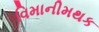
વિમાનીમથક